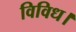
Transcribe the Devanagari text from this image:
विविध।